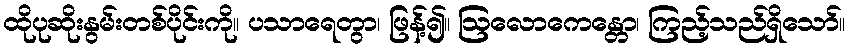
ထိုပုဆိုးနွမ်းတစ်ပိုင်းကို။ ပသာရေတွာ၊ ဖြန့်၍။ ဩလောကေန္တော၊ ကြည့်သည်ရှိသော်။